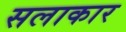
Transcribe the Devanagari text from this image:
सलाकार